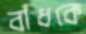
বাঁধকে